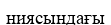
ниясындағы